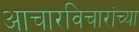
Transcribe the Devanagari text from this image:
आचारविचारांच्या